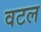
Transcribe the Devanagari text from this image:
वटल